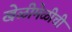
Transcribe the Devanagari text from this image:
खेळीमेळीची